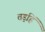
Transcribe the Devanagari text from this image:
तड॒हिं